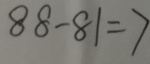
8 8 - 8 1 = 7